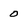
Character: 0